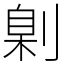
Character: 㓷